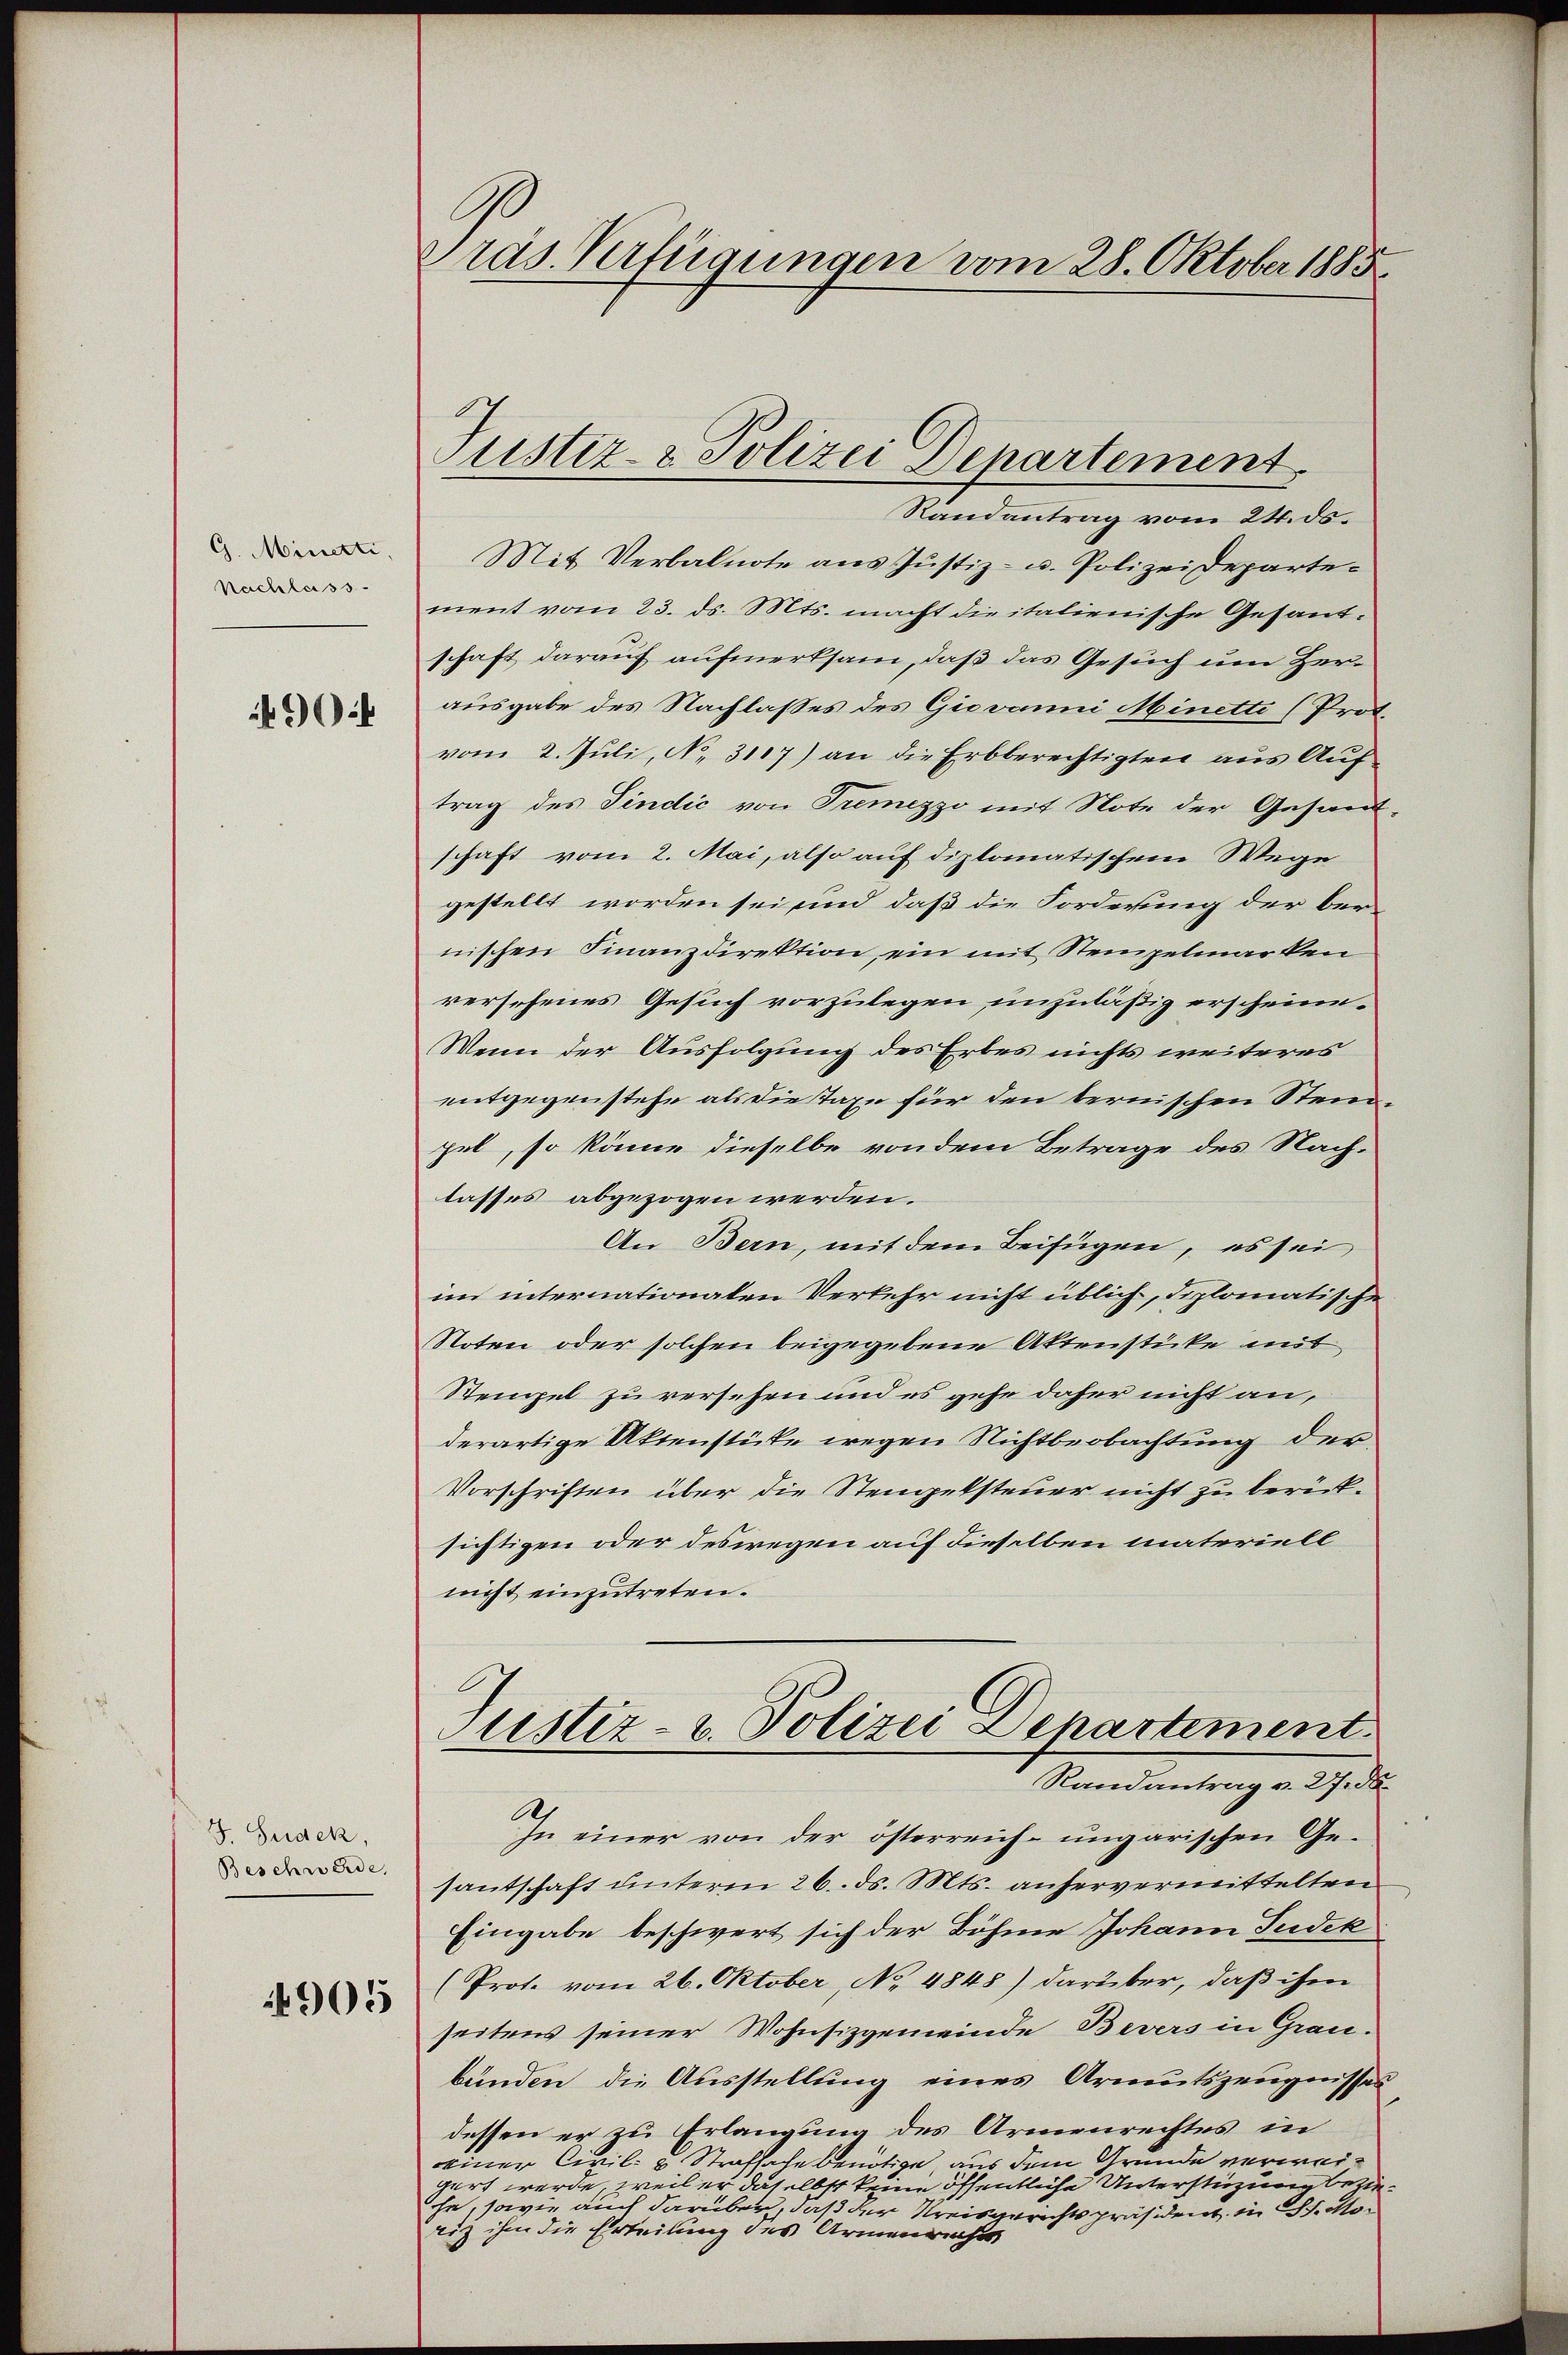
G. Minetti,
Nachlass
904

I. Seidek,
Beschwerde,

1905

C
räs. Verfügungen vom 28. Oktober 1885

Justiz- & Polizei Departement

Randantrag vom 24. ds.
Mit Verbalnote aus Justiz- u. Polizeidepartement vom 23. ds. Mts. macht die italienische Gesandschaft darauf aufmerksam, daß das Gesuch um Herausgabe des Nachlasses des Giovanni Minetti (Prot.
vom 2. Juli, No. 3117) an die Erbberechtigten aus Auftrag des Pindić von Tremezzo mit Note der Gesand-
schaft vom 2. Mai, also auf diplomatischem Wege
gestellt worden sei und daß die Forderung der ber
nischen Finanzdirektion, ein mit Stempelmarken
versehenes Gesuch vorzulegen unzuläßig erscheine
Wenn der Ausfolgung des Erbes nichts weiteres
entgegenstehe als die taxe für den bernischen Steinpel, so könne dieselbe von dem Betrage des Nach-
lasses abgezogen werden.
An Bern, mit dem Beifügen, es sei
im internationalen Verkehr nicht üblich, diplomatische
Noten oder solchen beigegebene Aktenstücke mit
Rengel zu versehen und es gehe daher nicht an,
derartige Aktenstüke wegen Nichtbeobachtung der
Vorschriften über die Stempelsteuer nicht zu berück-
sichtigen oder deswegen auf dieselben materiell
nicht einzutreten.
Justiz- u. Polizei Departement
Randantrag v. 27. ds.
A
In einer von der österreich-ungarischen Gesantschaft unterm 26. ds. Mts. anhervermittelten
Eingabe beschwert sich der Böhme Johann Judek
(Prot. vom 26. Oktober, No 4848) darüber, daß ihm
seitens seiner Wohnsizgemeinde Bevers in Grau-
bunden die Ausstellung eines Armutszeugnissen
dessen er zu Erlangung des Armenrechtes in
einer Civil- u Strafsache benötige, aus dem Grunde verweigert werde, weil er daselbst keine öffentliche Unterstüzung beziehe, sowie auch darüber, daß der Kreisgerichtspräsident in St. Morig ihm die Erteilung des Armenrichts